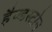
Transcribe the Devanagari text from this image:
हैण्डस्टोन